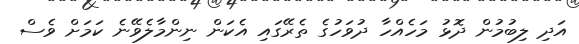
އަދި ލިބުމުން ދޮޅު މަހެއްހާ ދުވަހުގެ ތެރޭގައި އެކަން ނިންމާލެވޭނެ ކަމަށް ވެސް